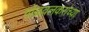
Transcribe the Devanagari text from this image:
गोळवलकरांच्या